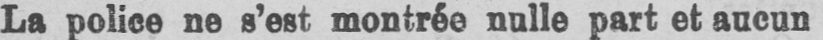
La police ne s’est montrée nulle part et aucun